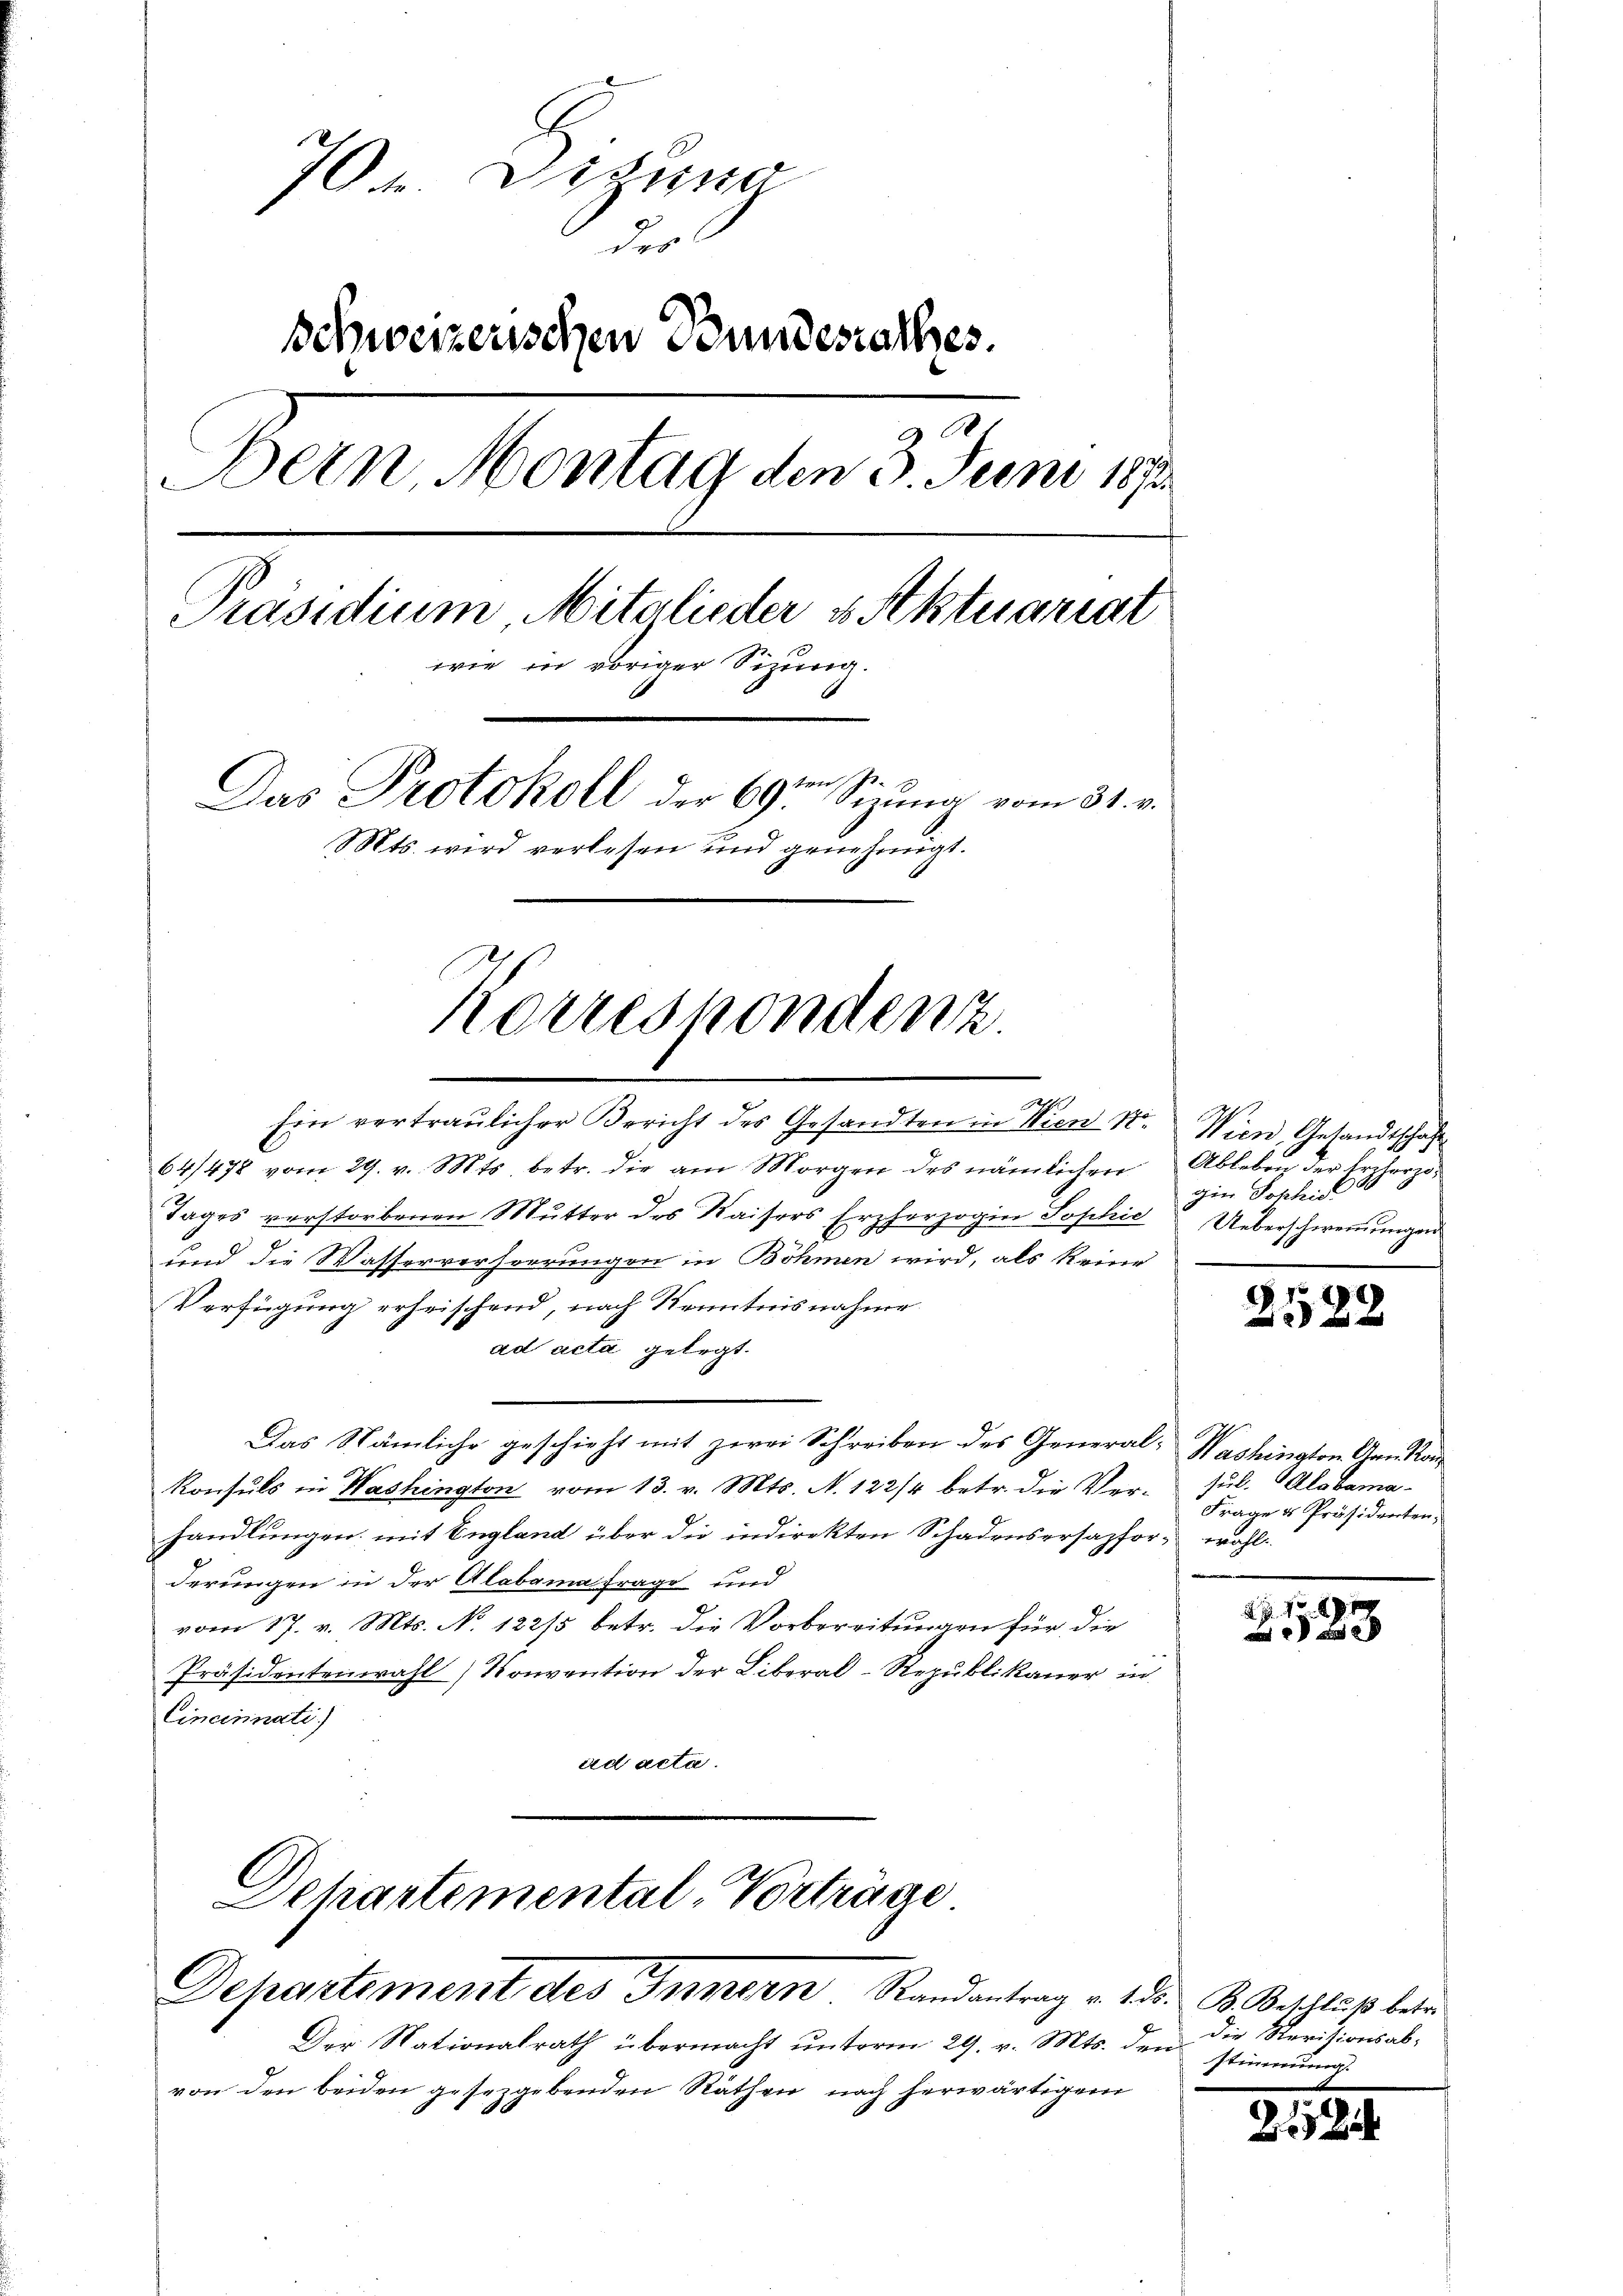
704. Disena
der
Schweizerischen Bundesrathes.
.
Bern Montag den 3. Juni 1890.
Präsidium Mitglieder es Aktuariat
wie in voriger Sitzung.
Das Protokoll der 69ten Sitzung vom 31. v.
Mts. wird verlesen und genehmigt.
korrespondenz

Ein vertraŭlicher Bericht des Gesandten in Wien St. Wien, Gesandtschaft
64/478 vom 29. v. Mts. betr. die am Morgen des nämlichen Ableben der Ercherzo¬
Tages verstorbenen Mutter des Kaisers Erzherzogin Sophie Ueberschwerungen
und die Wasserverhörrungen in Böhmen wird, als keine
Verfügung erheischend, nach Kenntnisnahme
ad acta gelegt.
Das Nämliche geschieht mit zwei Schreiben des General- Washington Gen Kan
Konsuls in Washington vom 13. v. Mts. N. 122/4 betr. die Verhandlungen mit England über die indirekten Schadensersazfor- wohl¬
.
derungen in der Alabama Frage und
vom 17. v. Mts. No. 122/5 betr. die Vorbereitungen für die
Präsidentenwahl (Konvention der Liberal-Republikauer in
Cinciminati)
ad acta.

Schartemental-Vorträge
Departement des Innern Randantrag v. 135. B. Beschluß betre

Der Nationalrath übermacht unterm 29. v. Mts. den
von den beiden gesezgebenden Räthen nach herwärtigem

Hier Sophie 30

2582

Jul. Alobama
Frage u Präsidenten,

2.10.191
 xx

Die Revisionsab-
stimmung.

2